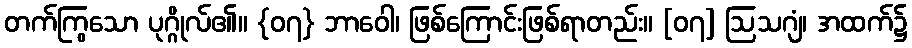
တက်ကြွသော ပုဂ္ဂိုလ်၏။ {၀၇} ဘာဝေါ၊ ဖြစ်ကြောင်းဖြစ်ရာတည်း။ [၀၇] ဩသဂျံ၊ အထက်၌